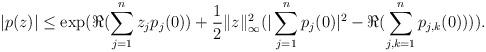
LaTeX: \begin{align*}|p(z)|\leq\exp(\Re(\sum_{j=1}^{n} z_j p_j(0)) +\frac{1}{2}\|z\|_{\infty}^2 (|\sum_{j=1}^{n} p_j(0)|^2-\Re(\sum_{j,k=1}^{n} p_{j,k}(0)))).\end{align*}